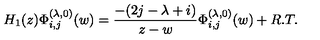
H _ { 1 } ( z ) \Phi _ { i , j } ^ { ( \lambda , 0 ) } ( w ) = \frac { - ( 2 j - \lambda + i ) } { z - w } \Phi _ { i , j } ^ { ( \lambda , 0 ) } ( w ) + R . T .